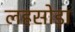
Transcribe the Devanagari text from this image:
लहसोड़ा